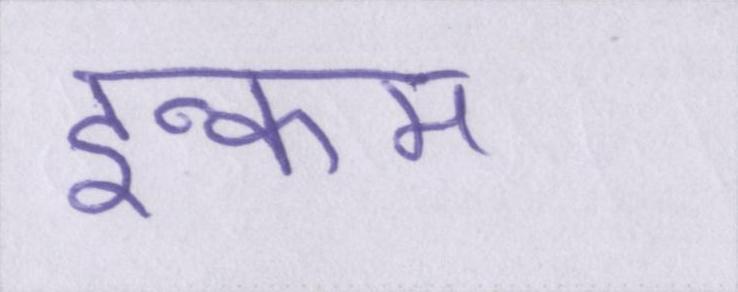
इन्कम